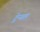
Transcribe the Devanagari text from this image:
ट्रेन्गल